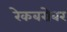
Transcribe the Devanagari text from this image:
रेकबरोबर